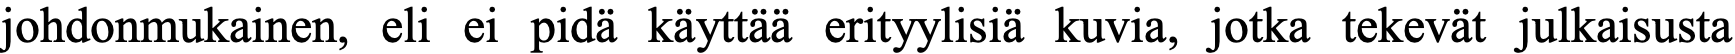
johdonmukainen, eli ei pidä käyttää erityylisiä kuvia, jotka tekevät julkaisusta